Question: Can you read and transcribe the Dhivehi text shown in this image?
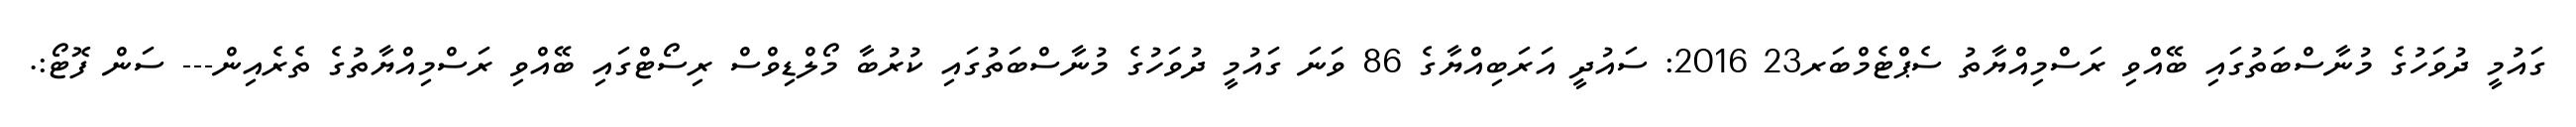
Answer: ގައުމީ ދުވަހުގެ މުނާސްބަތުގައި ބޭއްވި ރަސްމިއްޔާތު ސެޕްޓެމްބަރ23 2016: ސައުދީ އަރަބިއްޔާގެ 86 ވަނަ ގައުމީ ދުވަހުގެ މުނާސްބަތުގައި ކުރުބާ މޯލްޑިވްސް ރިސޯޓްގައި ބޭއްވި ރަސްމިއްޔާތުގެ ތެރެއިން--- ސަން ފޮޓޯ:.